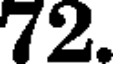
72.